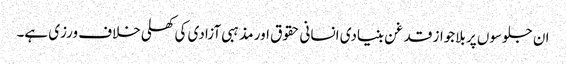
ان جلوسوں پر بلاجواز قدغن بنیادی انسانی حقوق اور مذہبی آزادی کی کھلی خلاف ورزی ہے۔